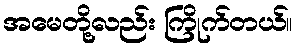
အမေတို့လည်း ကြိုက်တယ်။